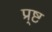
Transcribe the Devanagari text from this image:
प्र्ष्ट